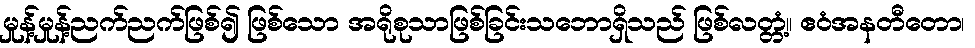
မှုန့်မှုန့်ညက်ညက်ဖြစ်၍ ဖြစ်သော အရိုစုသာဖြစ်ခြင်းသဘောရှိသည် ဖြစ်လတ္တံ့။ ဧဝံအနတီတော၊